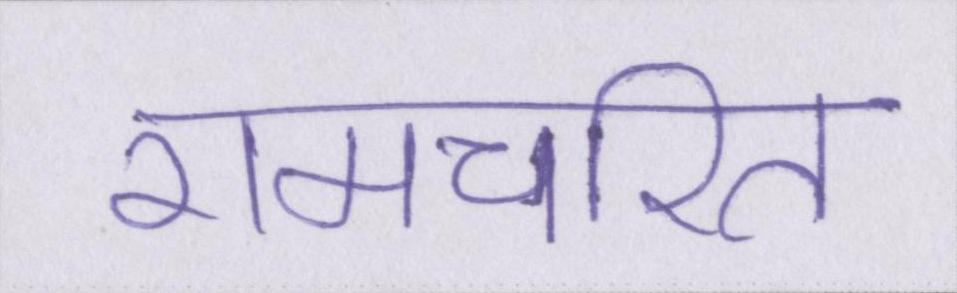
रामचरित